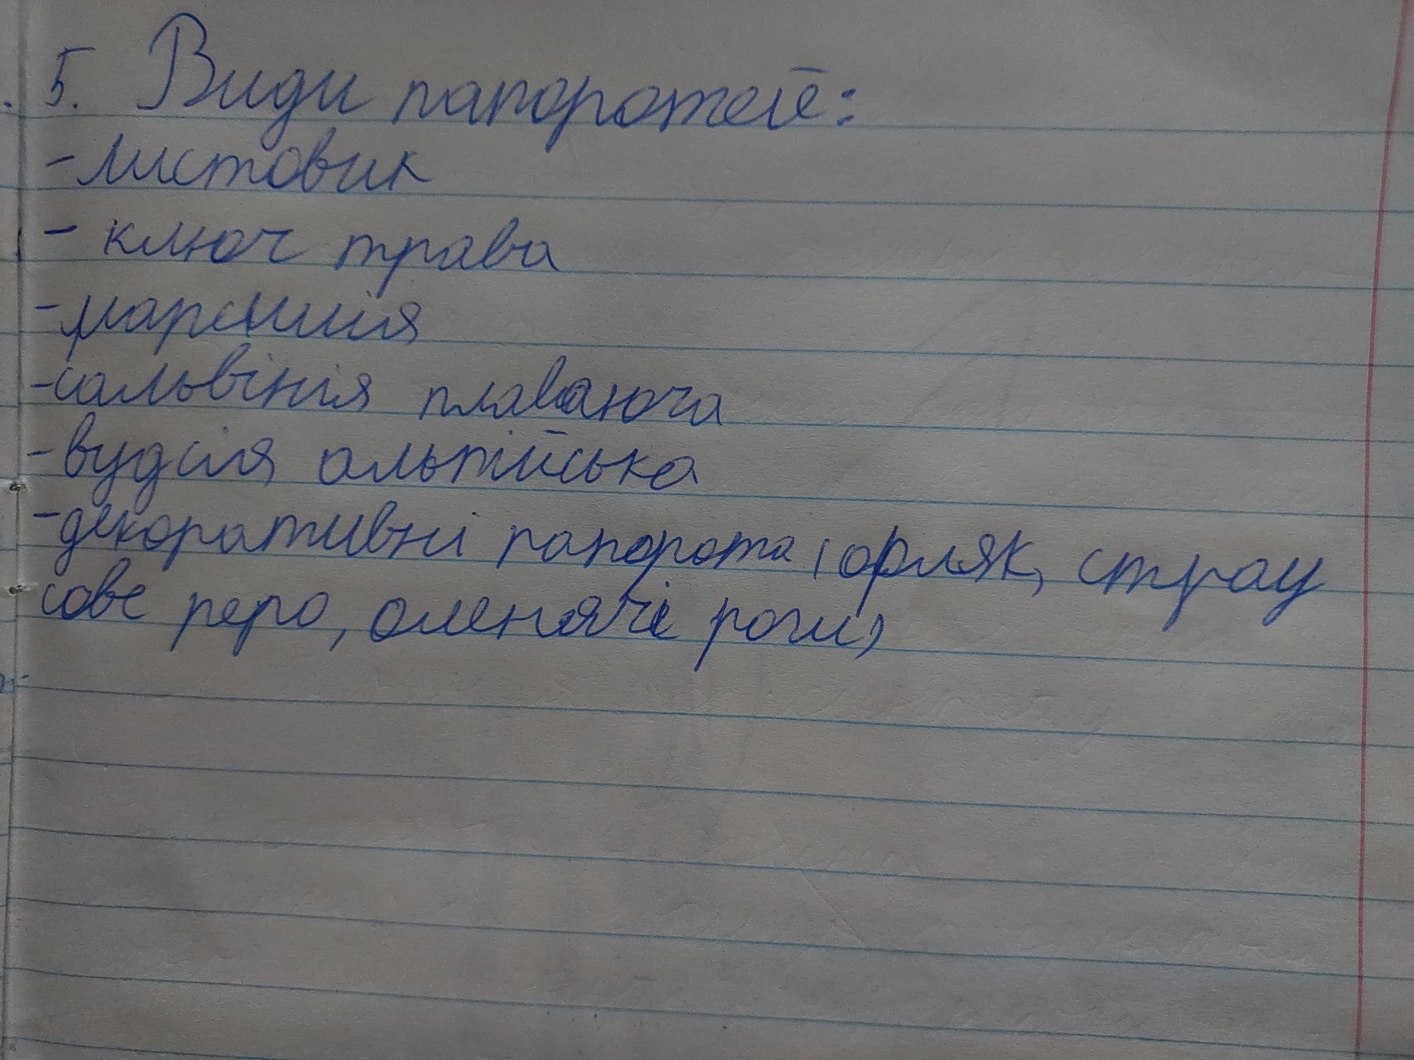
5. Види папоротей:
-листовик
- ключ трава
- марсилія
-сальвінія плаваюча
- вудсія альпійська
- декоративні папорота (орляк, страу
сове перо, оленячі роги)